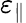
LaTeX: \varepsilon_{\parallel}